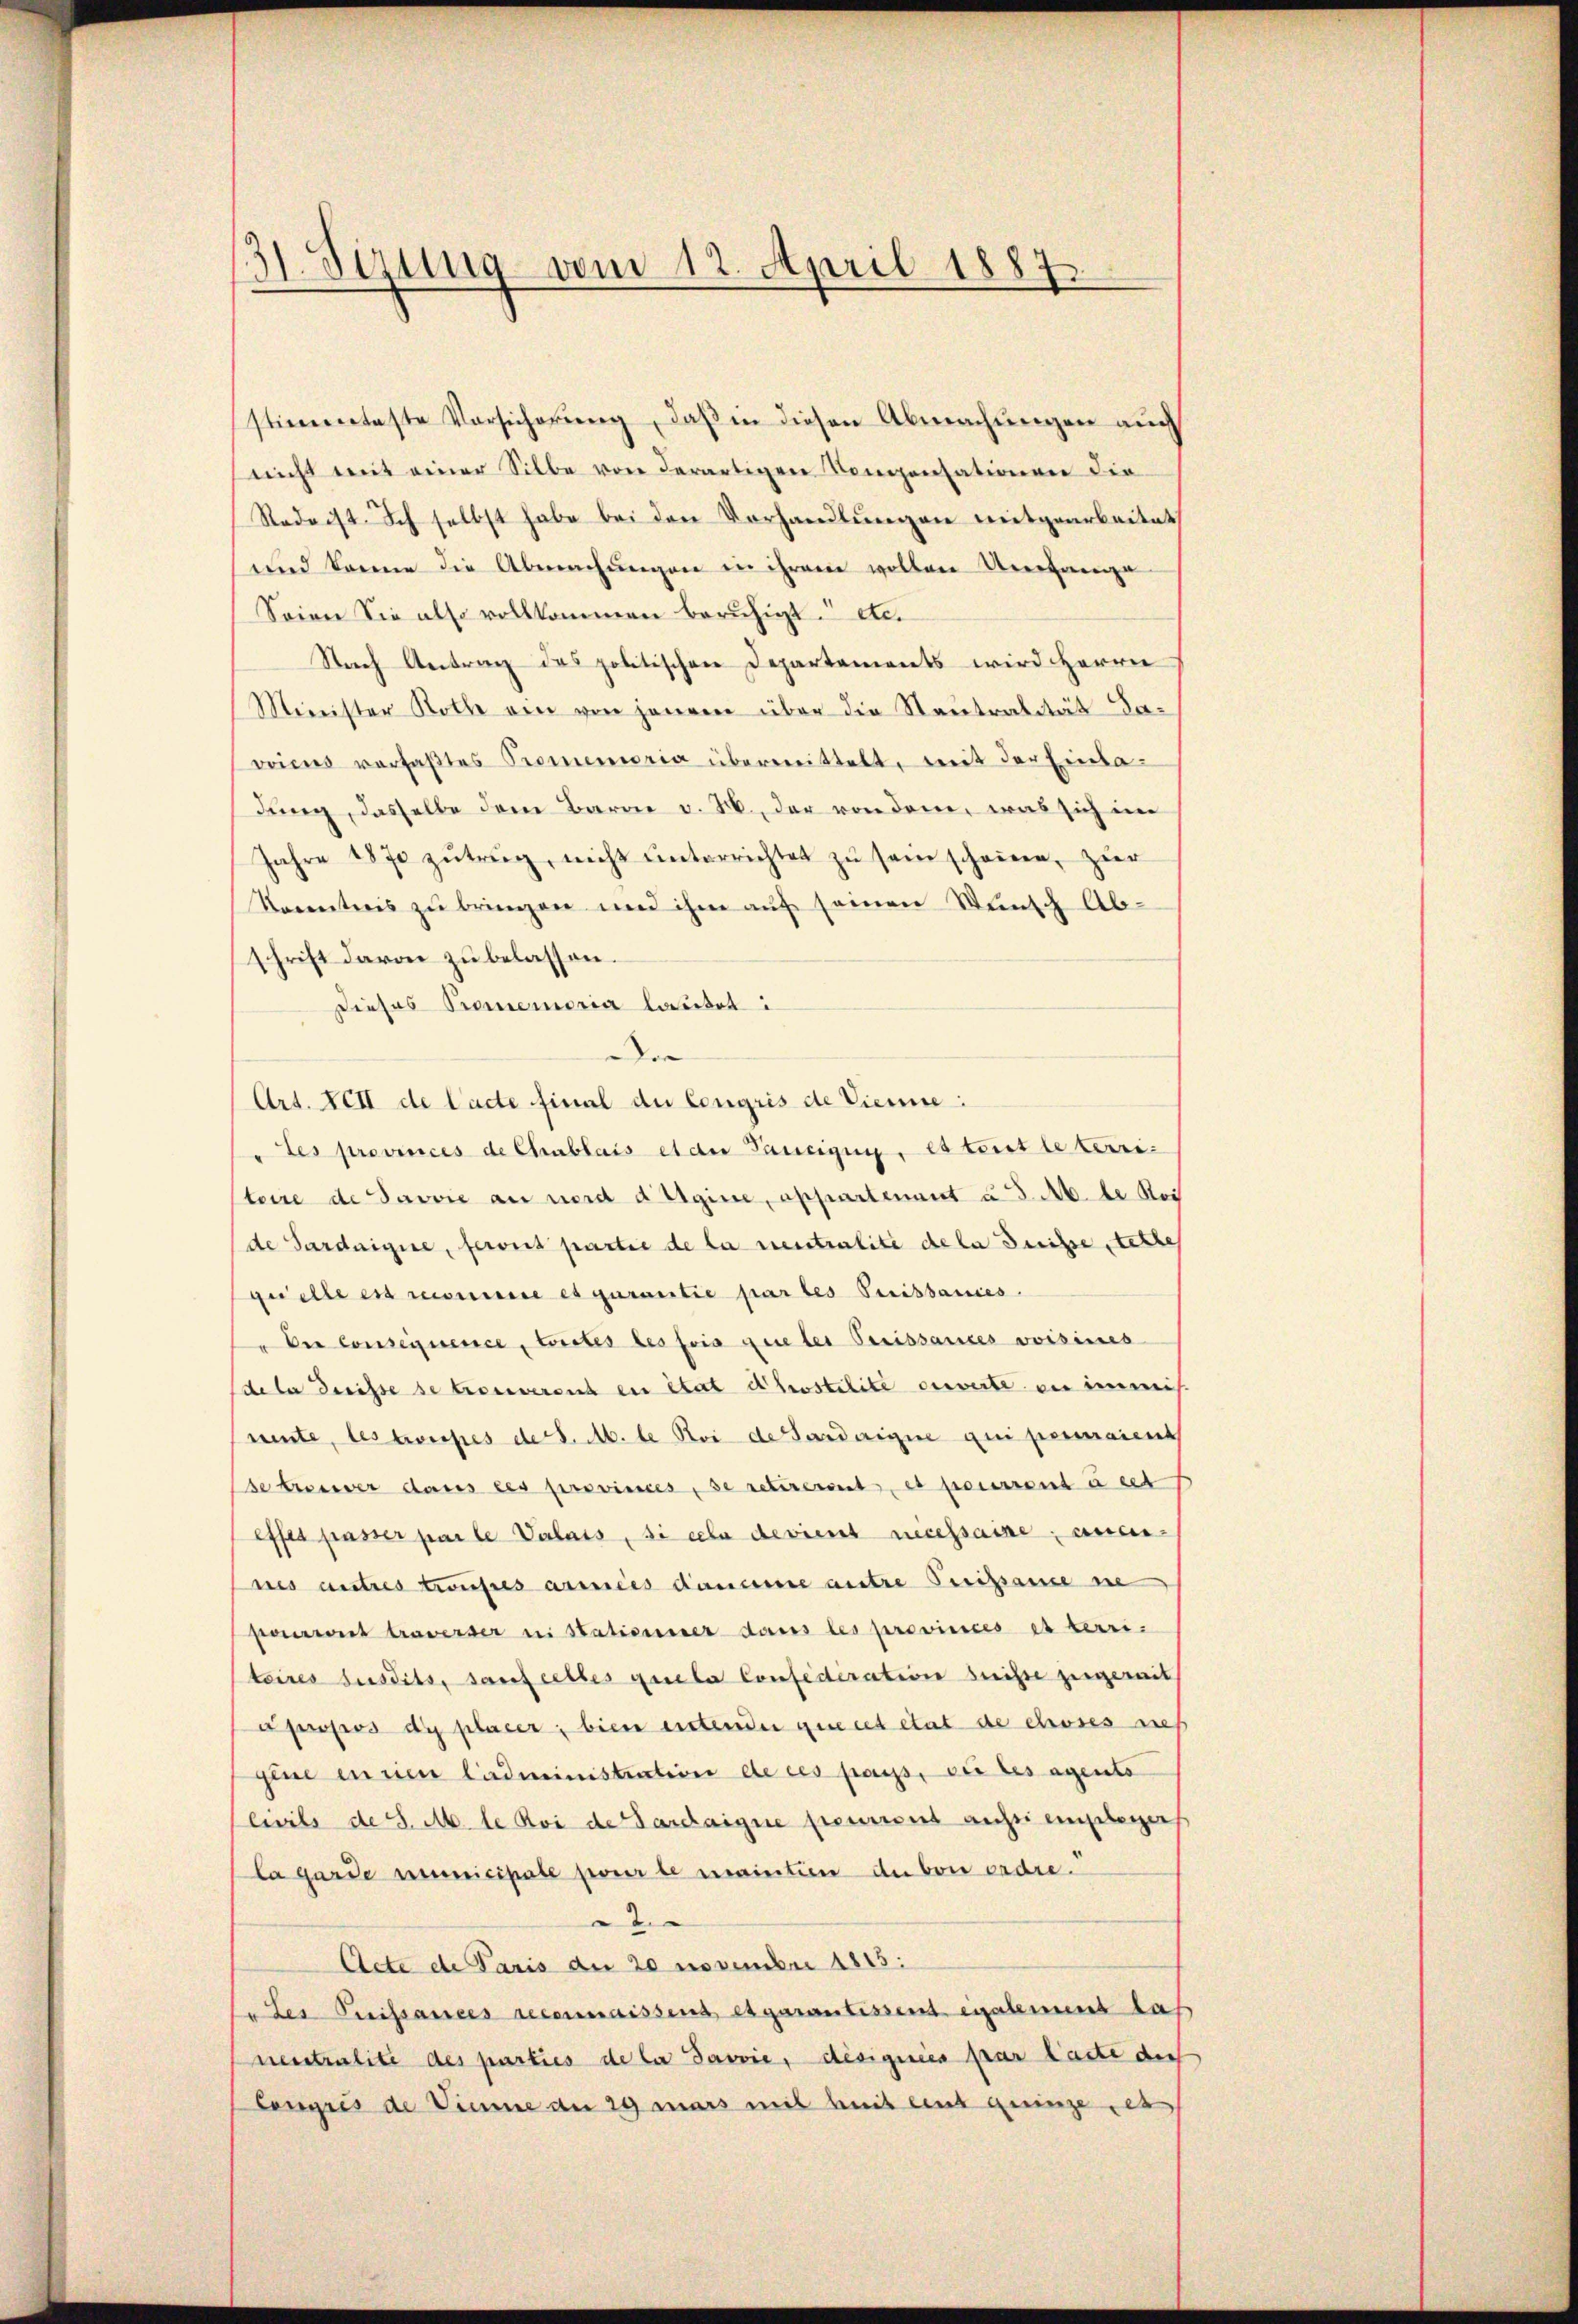
31. Sizung vom 12. April 1887

stimmetaste Vorsicherŭng, daß in diesen Abmachungen auch
nicht mit einer Silbe von derartigen Kompensationen die
Rede ist. Ich selbst habe bei den Vorhandlungen mitgearbeitet
und könne die Abmachungen in ihrem vollen Umfange
Seiner Sie also vollkommen beruhigt. etc.
Nach Antrag des politischen Departements wird Herrn
Minister Rothe ein von jenem über die Neutralität daweines verfaβtes Promemoria übermittelt, weit der Einladung, dasselbe dem Baron v. M., der von dem, was sich im
Jahre 1870 zŭtrŭg, nicht ŭnterrichtet zŭ sein schonen, zur
Tocentris zu bringen und ihm auf seinen Wunsch Ab-
schrift davon zu belassen.
Dieses Promemoria lautet i
Der
Art. Fett de lacte final du Congris de Viere:
"Les provinces de Chablais et der Taurigen, es tout le terri-
stoire de Pavvie an werd Aigine, appartenant u. d. M. de Rei
de Pardaigne, feront partie de la neutralité de la Suisse stette
quelle es recourire es gurantie par les Preissances.
" Der Conseguenice, toutes les fois queter Preissances voisines
dele dreisse se trouverant en état dhostilité ouverte in inmis.
rente, les troisses de d. M. de Bei de Sardaigne qui permaient
se treuer dans les provinces, se retirerent, es pourront à cet
effes passer parte Valais, si cela devient necessaire, anei-
nes autres trousses armes dance antre Preissance ne
pourront traverser in Stationner dans les provinces et terri-
teires susdits, sauf celles quela Confederation heisse zugewit
a propos di placer; bien entender geriet etat de choses nich
gine en rien Liedministration de ces pass, der les agents
Civils de S. M. le Koi de Gardaigne freuerens aussi empfegers
la garde municipale poner le maintien de von erdre.
.
Acte de Paris der 20 November 1815.
" der Preissances reconnaissens, es garantissent eigelement das
neutralite des parties de la Javvie, désignies par laute die
Congris de Sinne an 29 mars mit mit aus geringe des